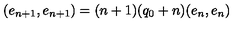
( e _ { n + 1 } , e _ { n + 1 } ) = ( n + 1 ) ( q _ { 0 } + n ) ( e _ { n } , e _ { n } )